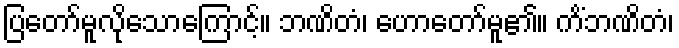
ပြတော်မူလိုသောကြောင့်။ ဘဏိတံ၊ ဟောတော်မူ၏။ ကိံဘဏိတံ၊